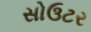
સોઉટર